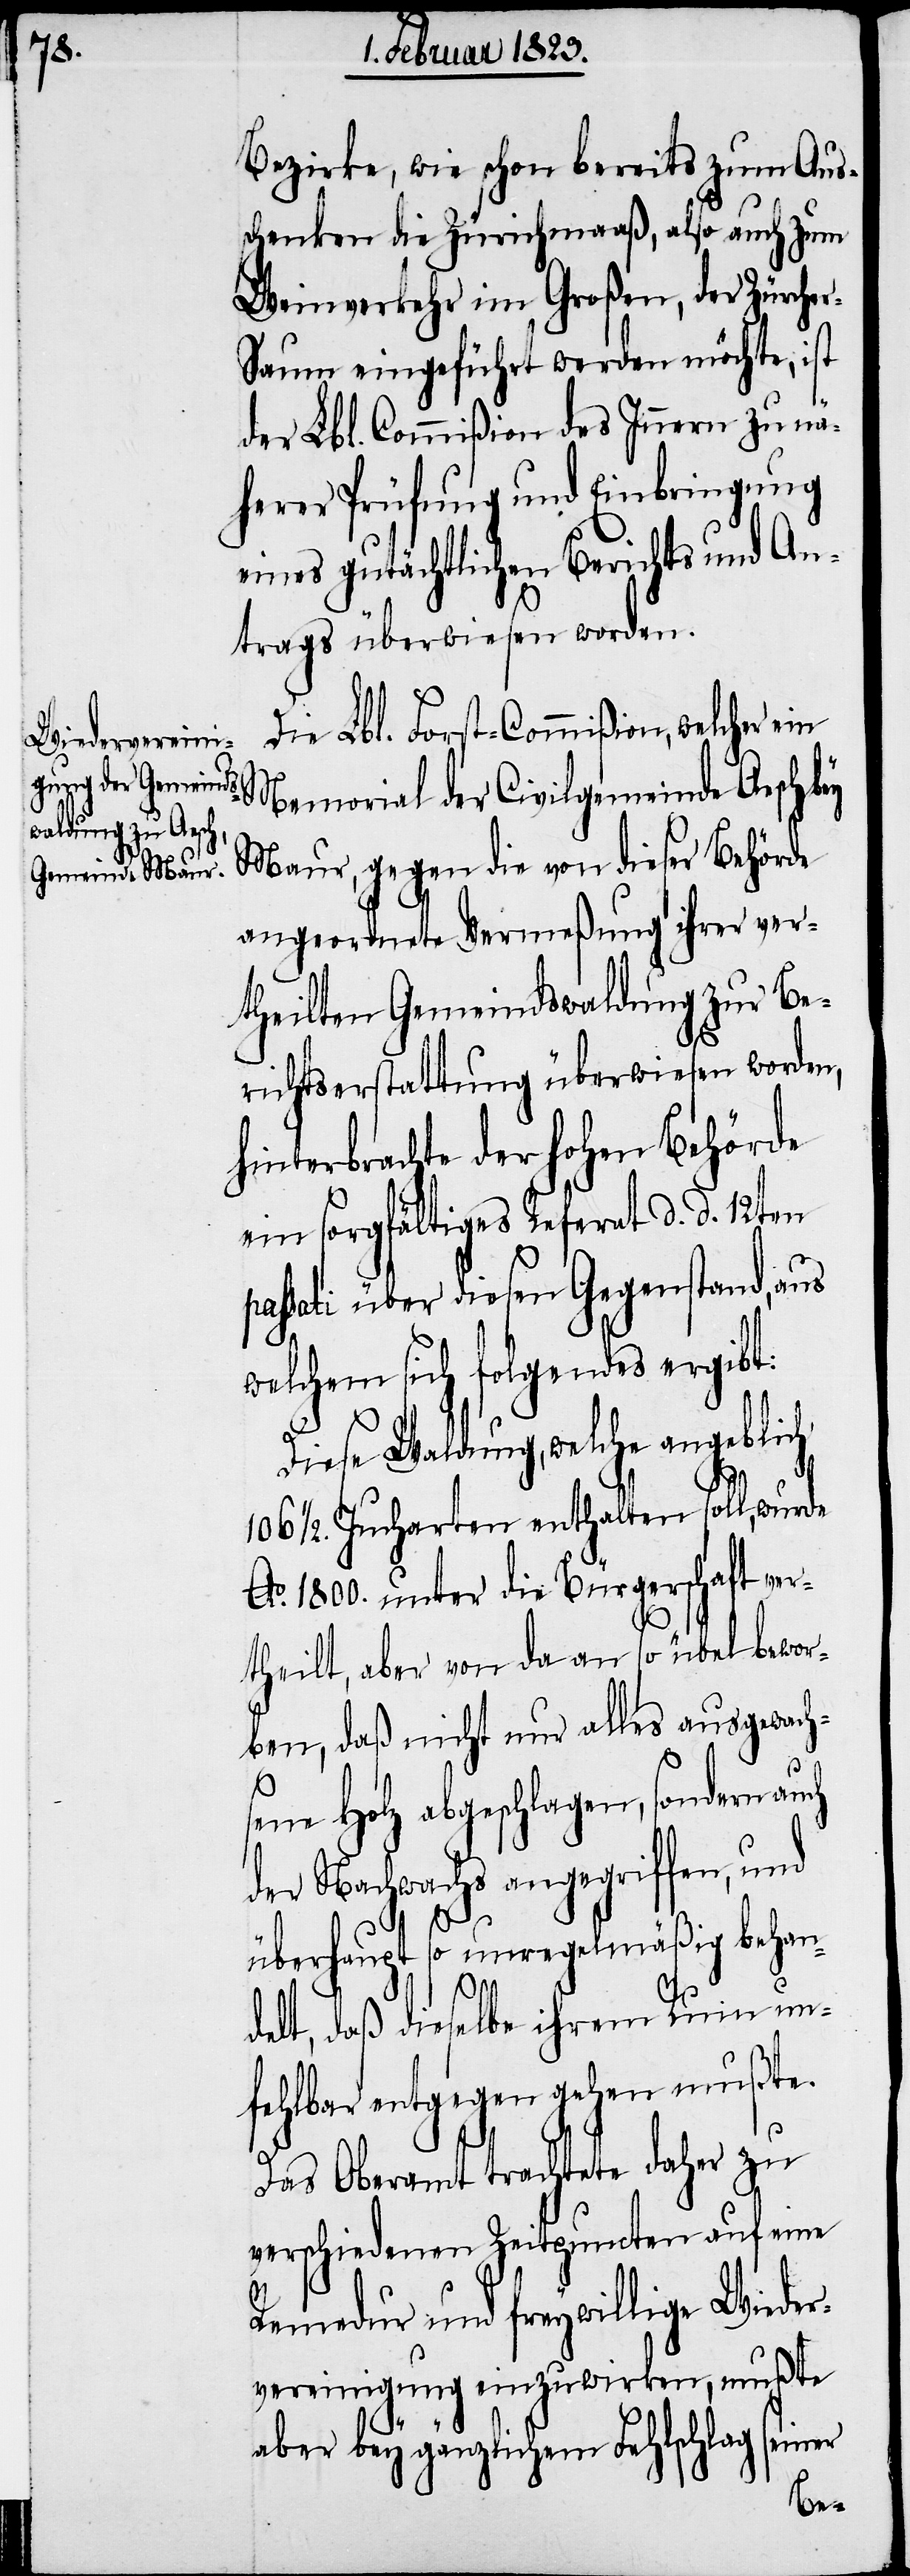
Bezirke, wie schon bereits zum Aus¬
schenken die Zürichmaaß, also auch zum
Weinverkehr im Großen, der Zürche¬
r-Saum eingeführt werden möchte, ist
der Lbl. Commißion des Innern zu nä¬
herer Prüfung und Einbringung
eines gutächtlichen Berichts und An¬
trags überwiesen worden.
Die Lbl. Forst-Commißion, welcher ein
Memorial der Civilgemeinde Aesch
Maur, gegen die von dieser Behörde
angeordnete Vermeßung ihrer ver¬
theilten Gemeindswaldung zur Be¬
richtserstattung überwiesen worden,
hinterbrachte der hohen Behörde
ein sorgfältiges Referat d. d. 12ten
passati über diesen Gegenstand, aus
welchem sich folgendes ergibt:
Diese Waldung, welche angeblich
1/2. Jucharten enthalten soll, wurde
Ao. 1800. unter die Bürgerschaft ver¬
theilt, aber von da an so übel bewor¬
ben, daß nicht nur alles ausgewach¬
sene Holz abgeschlagen, sondern auch
der Nachwachs angegriffen, und
überhaupt so unregelmäßig behan¬
delt, daß dieselbe ihrem Ruin un¬
fehlbar entgegen gehen mußte.
Das Oberamt trachtete daher zu
verschiedenen Zeitpuncten auf eine
Remedur und freywillige Wieder¬
vereinigung einzuwirken, mußte
aber bey gänzlichem Fehlschlag seiner